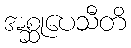
အစ္ဆုပေသီတိ